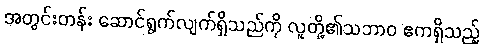
အတွင်းတန်း ဆောင်ရွက်လျက်ရှိသည်ကို လူတို့၏သဘာဝ ဧကရှိသည့်